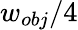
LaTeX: w_{obj}/4